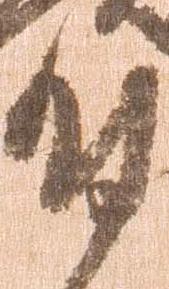
付